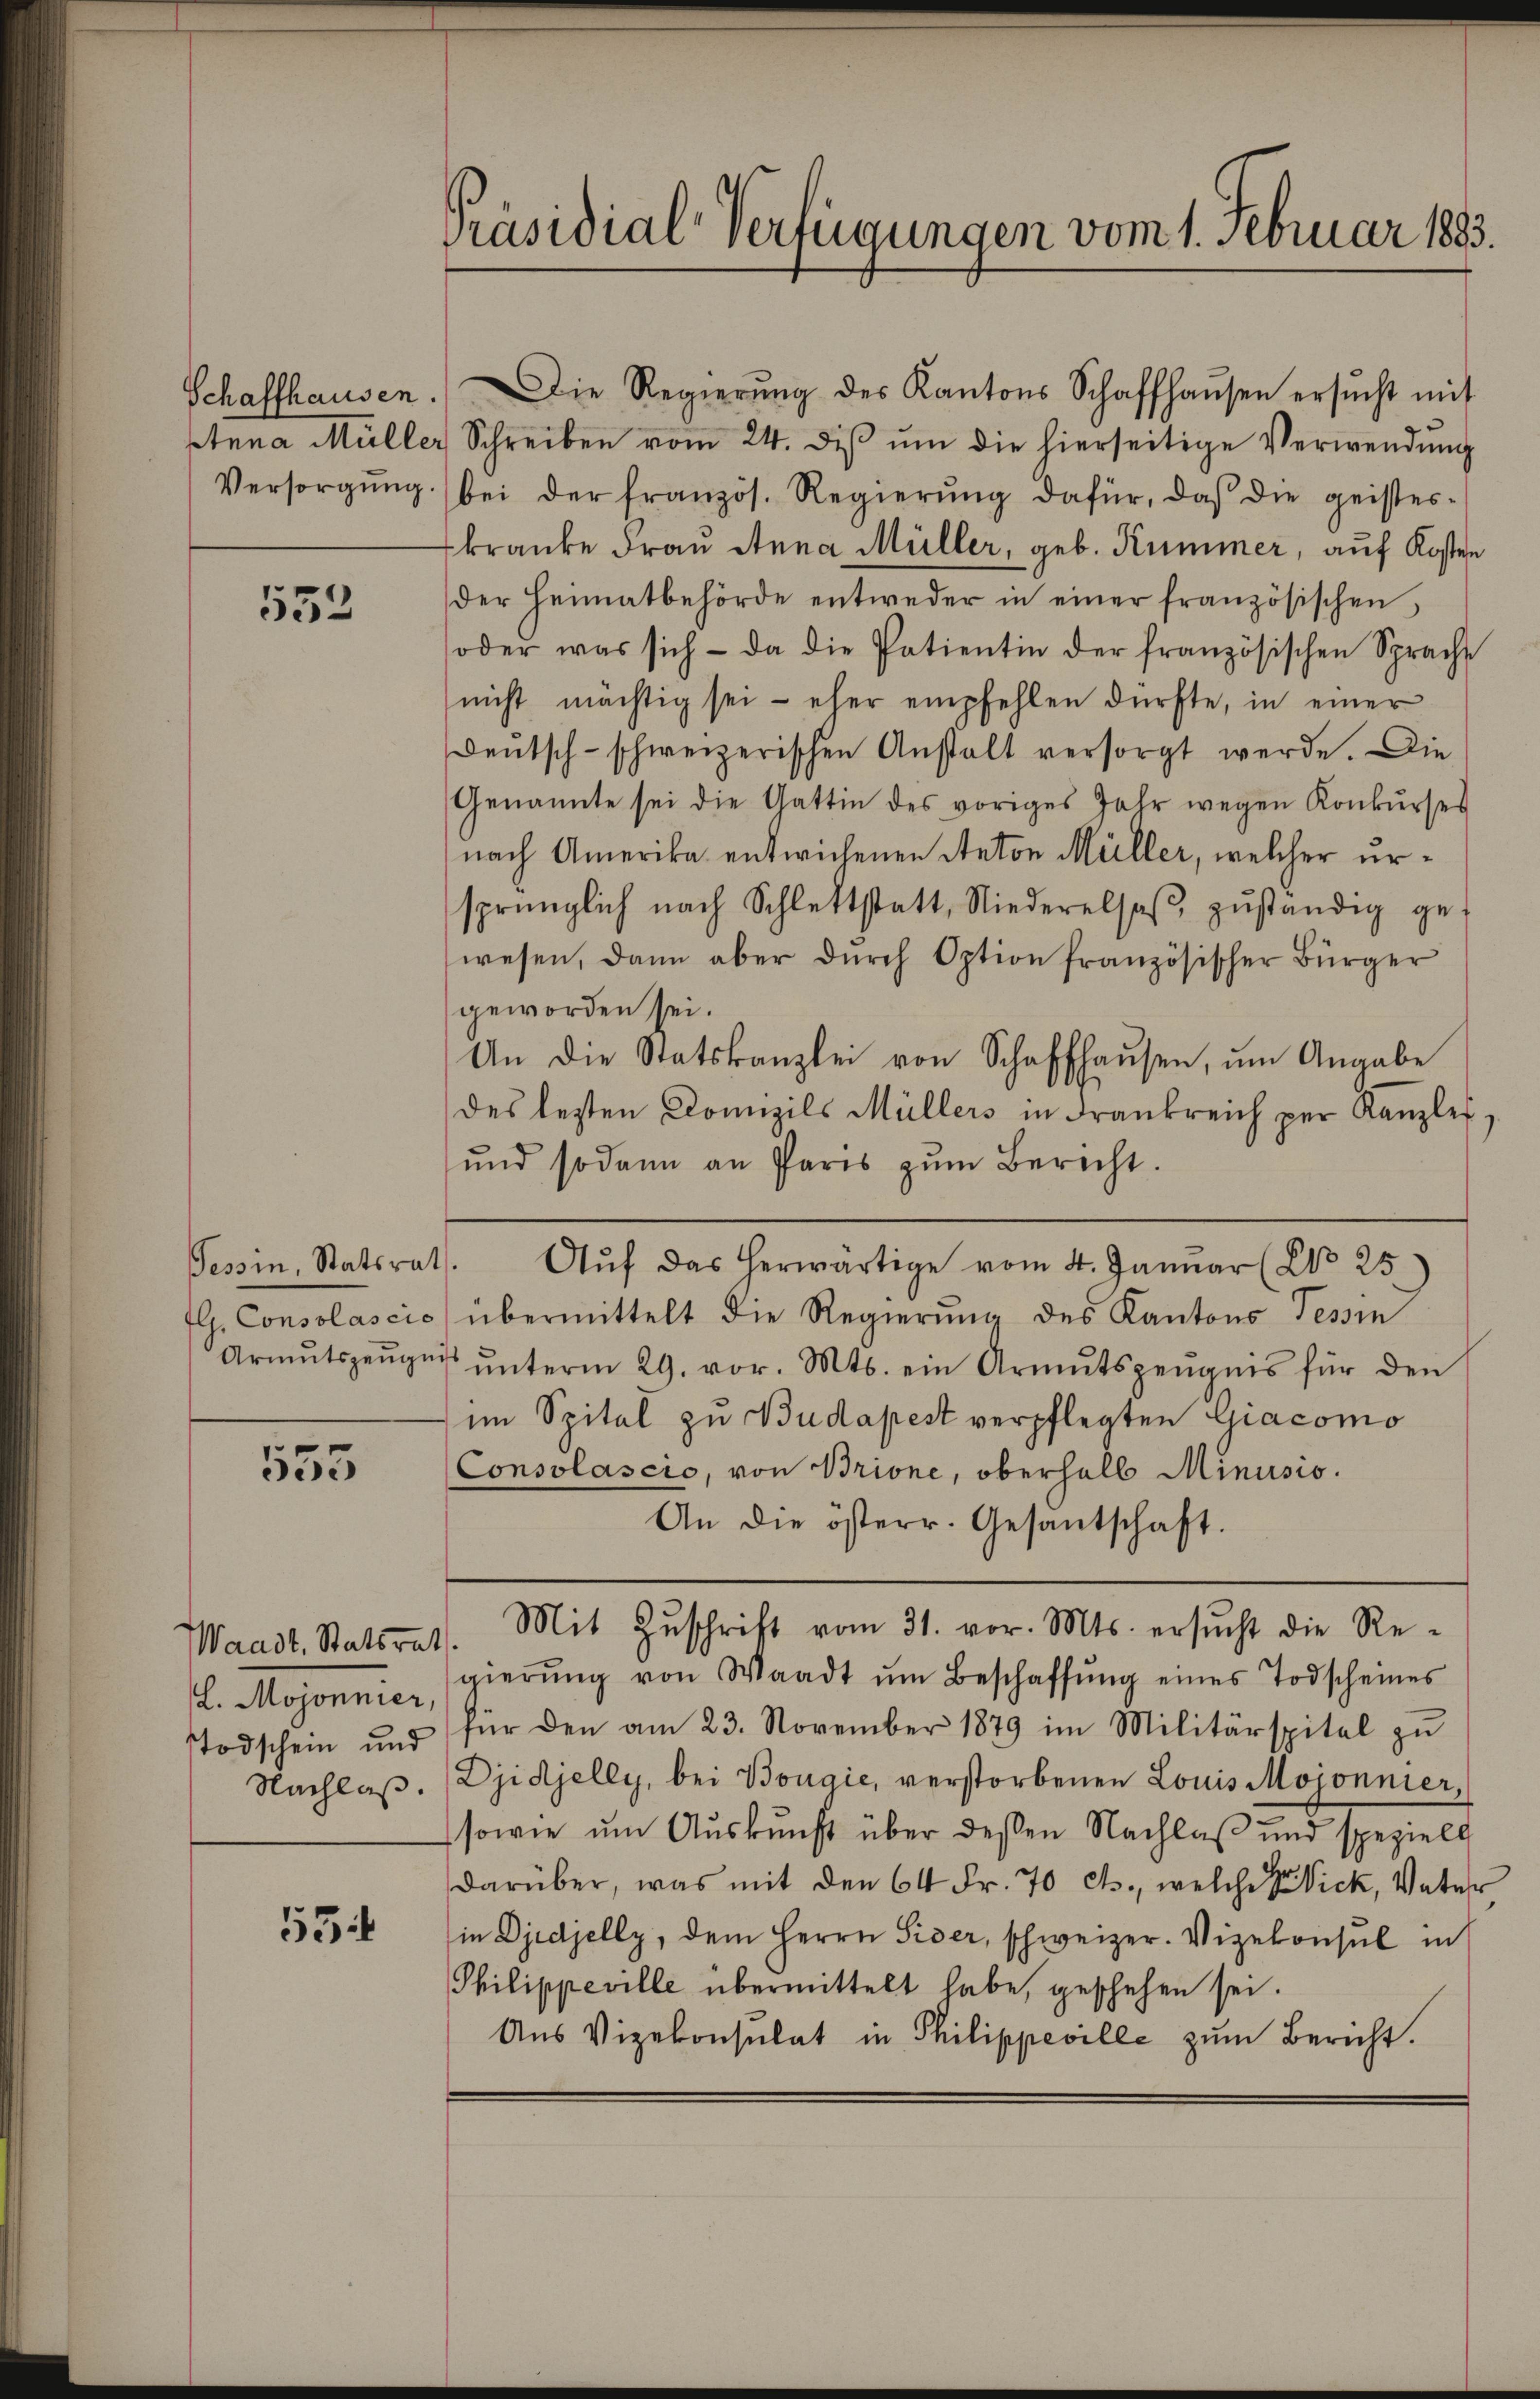
Schaffhausen.
Versorgung

552

fl. Consolascio

555

Waadt, Statsrath.
L. Mojonnier,
Todschein und
Nachlaß.

55

Präsidial-Verfügungen vom 1. Februar 1883.

Die Regierŭng des Kantons Schaffhaŭsen ersŭcht mit
Anna Müller Schreiben vom 24. diβ ŭm die hierseitige Verwendung
bei der französ. Regierŭng dafür, daβ die geister-
fkranke Frau Anna Müller, geb. Kummer, auf Kosten
der Heimatbehörde entweder in einer französischen,
oder was sich - da die Patientin der französischen Spracht
nicht mächtig sei eher empfehlen dürfte, in einer
Deutsch-schweizerischen Anstalt versorgt werde. Die
Genannte sei die Gattin des voriges Jahr wegen Konkŭrses
nach Amerika entwichenen Anton Müller, welcher ursprünglich nach Schlettstatt, Niederelsaβ, zŭständig ge-
wesen, dann aber dŭrch Option französischer Bürger
geworden sei.
An die Statskanzlei von Schaffhaŭsen, ŭm Angabe
des letzten Domizils Müllers in Frankreich per Kanzle
und sodann an Paris zŭm Bericht.
Tessin, Statsrath. Aŭf das herwärtige vom 4. Janŭar (2 25)
übermittelt die Regierung des Kantons Tessin
Armŭtszeŭgniβ ŭnterm 29. vor. Mts. ein Armutszeŭgnis für den
im Spital zu Budapest verpflegten Giacomo
Consolascio, von Brione, oberhalb Minusio.
An die österr. Gesantschaft.
Mit Zŭschrift vom 31. vor. Mts. ersŭcht die Regierŭng von Waadt ŭm Beschaffŭng eines Todscheines
für den am 23. November 1879 im Militärspital zu
Djidjelly, bei Bougie, verstorbenen Louis Moionnier,
sowie um Auskunft über dessen Nachlaß und speziell
darüber, was mit den 64 Fr. 70 cts., welche der Vick, Vater
in Djedjelly, dem Herrn Piser, schweizer. Vizekonsul in
Philippeville übermittelt habe, geschehen sei.
Aus Vizekonsulat in Philippeville zum Bericht.